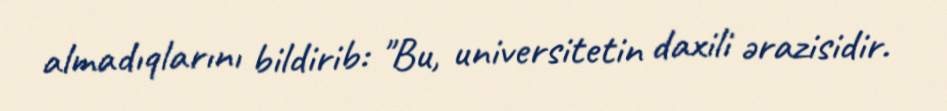
almadıqlarını bildirib: "Bu, universitetin daxili ərazisidir.